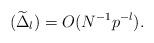
LaTeX: \begin{align*}(\widetilde{\Delta}_{l})=O(N^{-1}p^{-l}).\end{align*}